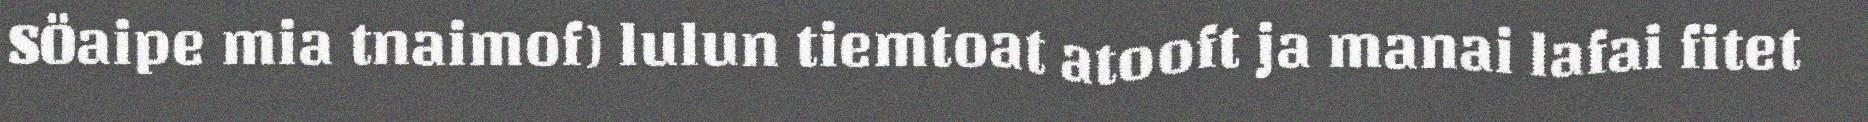
SÖaipe mia tnaimof) lulun tiemtoat atooft ja manai lafai fitet